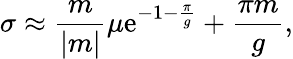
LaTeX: \sigma\approx{\frac{m}{|m|}}\mu\mathrm{e}^{-1-{\frac{\pi}{g}}}+{\frac{\pi m}{g}},